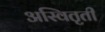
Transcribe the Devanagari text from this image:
अस्वितृती